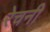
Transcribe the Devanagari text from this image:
रेचनी